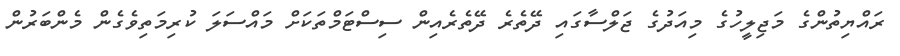
ރައްޔިތުންގެ މަޖިލީހުގެ މިއަދުގެ ޖަލްސާގައި ދޭތެރެ ދޭތެރެއިން ސިސްޓަމްތަކަށް މައްސަލަ ކުރިމަތިވެގެން މެންބަރުން